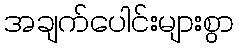
အချက်ပေါင်းများစွာ